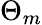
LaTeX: \Theta_{m}